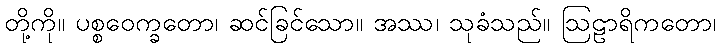
တို့ကို။ ပစ္စဝေက္ခတော၊ ဆင်ခြင်သော။ အဿ၊ သုခံသည်။ ဩဠာရိကတော၊